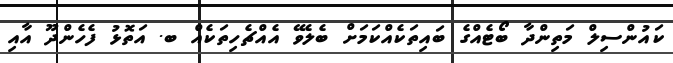
ކައުންސިލް މަތިންދާ ބޯޓެއްގެ ބައިތަކެއްކަމަށް ބެލެވޭ އެއްޗެހިތަކެއް ބ. އަތޮޅު ފެހެންދޫ އާއި